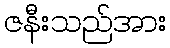
ဇနီးသည်အား